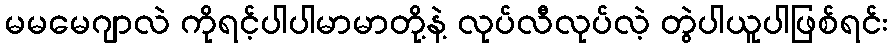
မမမေဂျာလဲ ကိုရင့်ပါပါမာမာတို့နဲ့ လုပ်လီလုပ်လဲ့ တွဲပါယူပါဖြစ်ရင်း